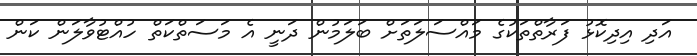
އަދި އިދިކޮޅު ފަރާތްތަކުގެ މައްސަލަތަށް ބަަލަމުން ދަނީ އެ މަސަތްކަތް ހުއްޓުވާލަން ކަން